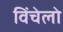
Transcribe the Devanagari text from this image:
विंचेलो